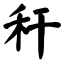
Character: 秆